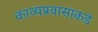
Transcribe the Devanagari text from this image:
काव्यप्रवासाकडे